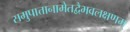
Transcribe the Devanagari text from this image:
समुपात्तानामेतद्वैभवलक्षणम्